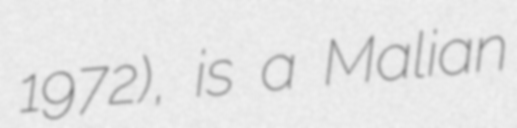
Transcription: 1972), is a Malian